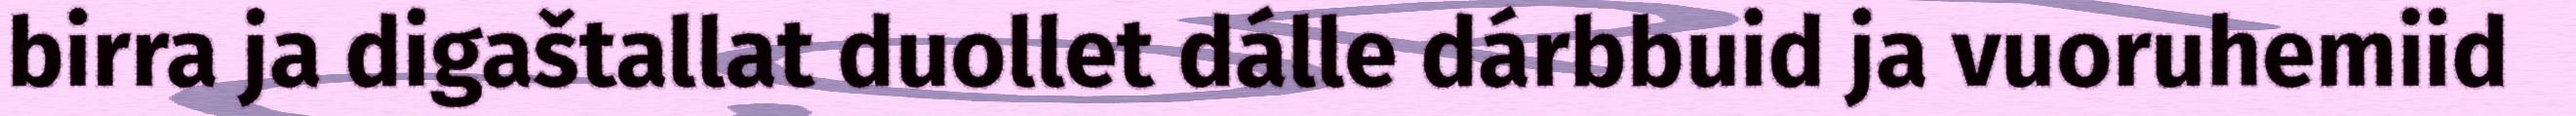
birra ja digaštallat duollet dálle dárbbuid ja vuoruhemiid